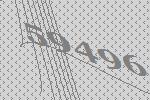
59496